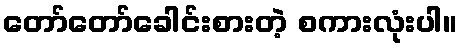
တော်တော်ခေါင်းစားတဲ့ စကားလုံးပါ။